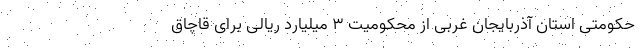
حکومتی استان آذربایجان غربی از محکومیت ۳ میلیارد ریالی برای قاچاق